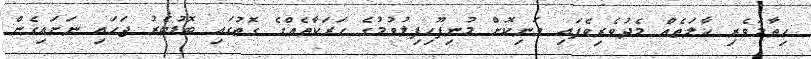
ހިތާމަވެރި ހާލަތެއް މެދުވެރިވެފައި ވަނިކޮށް މުނިފޫހިފިލުވުމުގެ ހަރަކާތެއްގެ ގޮތުގައި ބޮޑުބެރު ޖަހައި ނަށައިގެން